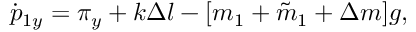
\dot { p } _ { 1 y } = \pi _ { y } + k \Delta l - [ m _ { 1 } + \tilde { m } _ { 1 } + \Delta m ] g ,